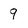
Character: 9